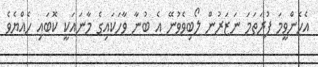
އެހެންވީމަ ފުރަތަމަ ނަޒަރުން ލޯބިވެވުނޭ އެ ބުނާ ވާހަކައިގެ މާނައަކީ ކޮބައި ހެއްޔެވެ